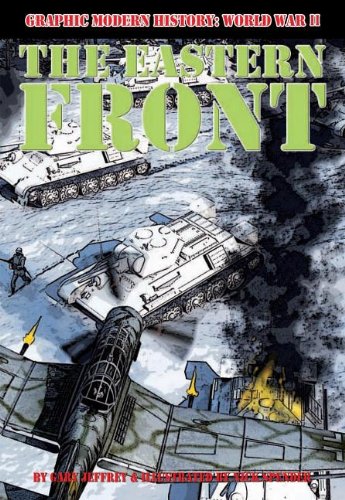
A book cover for The Eastern Front (Graphic Modern History: World War II (Crabtree)); Gary Jeffrey; Children's Books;